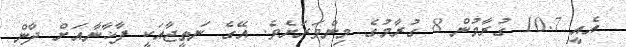
އެއީ 10.7 ގުރާމުން 8 ގުރާމުގެ މިންވަރަށެވެ. އޭގެ ނަތީޖާއަކީ ފާޚާނާއަށް ދާން